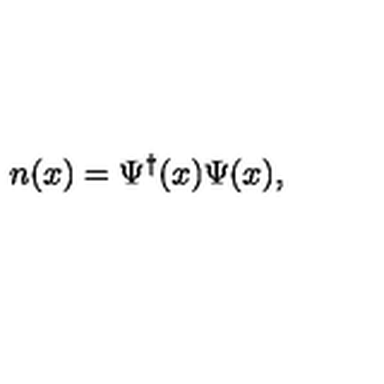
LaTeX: n ( x ) = \Psi ^ { \dagger } ( x ) \Psi ( x ) ,